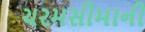
ચરમસીમાની